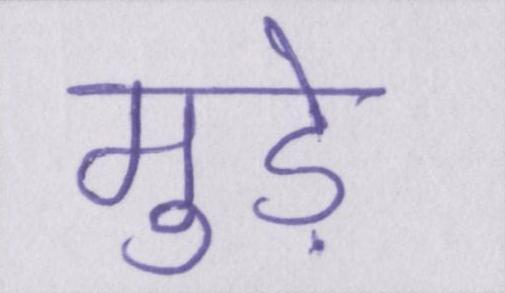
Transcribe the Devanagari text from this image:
मुड़े